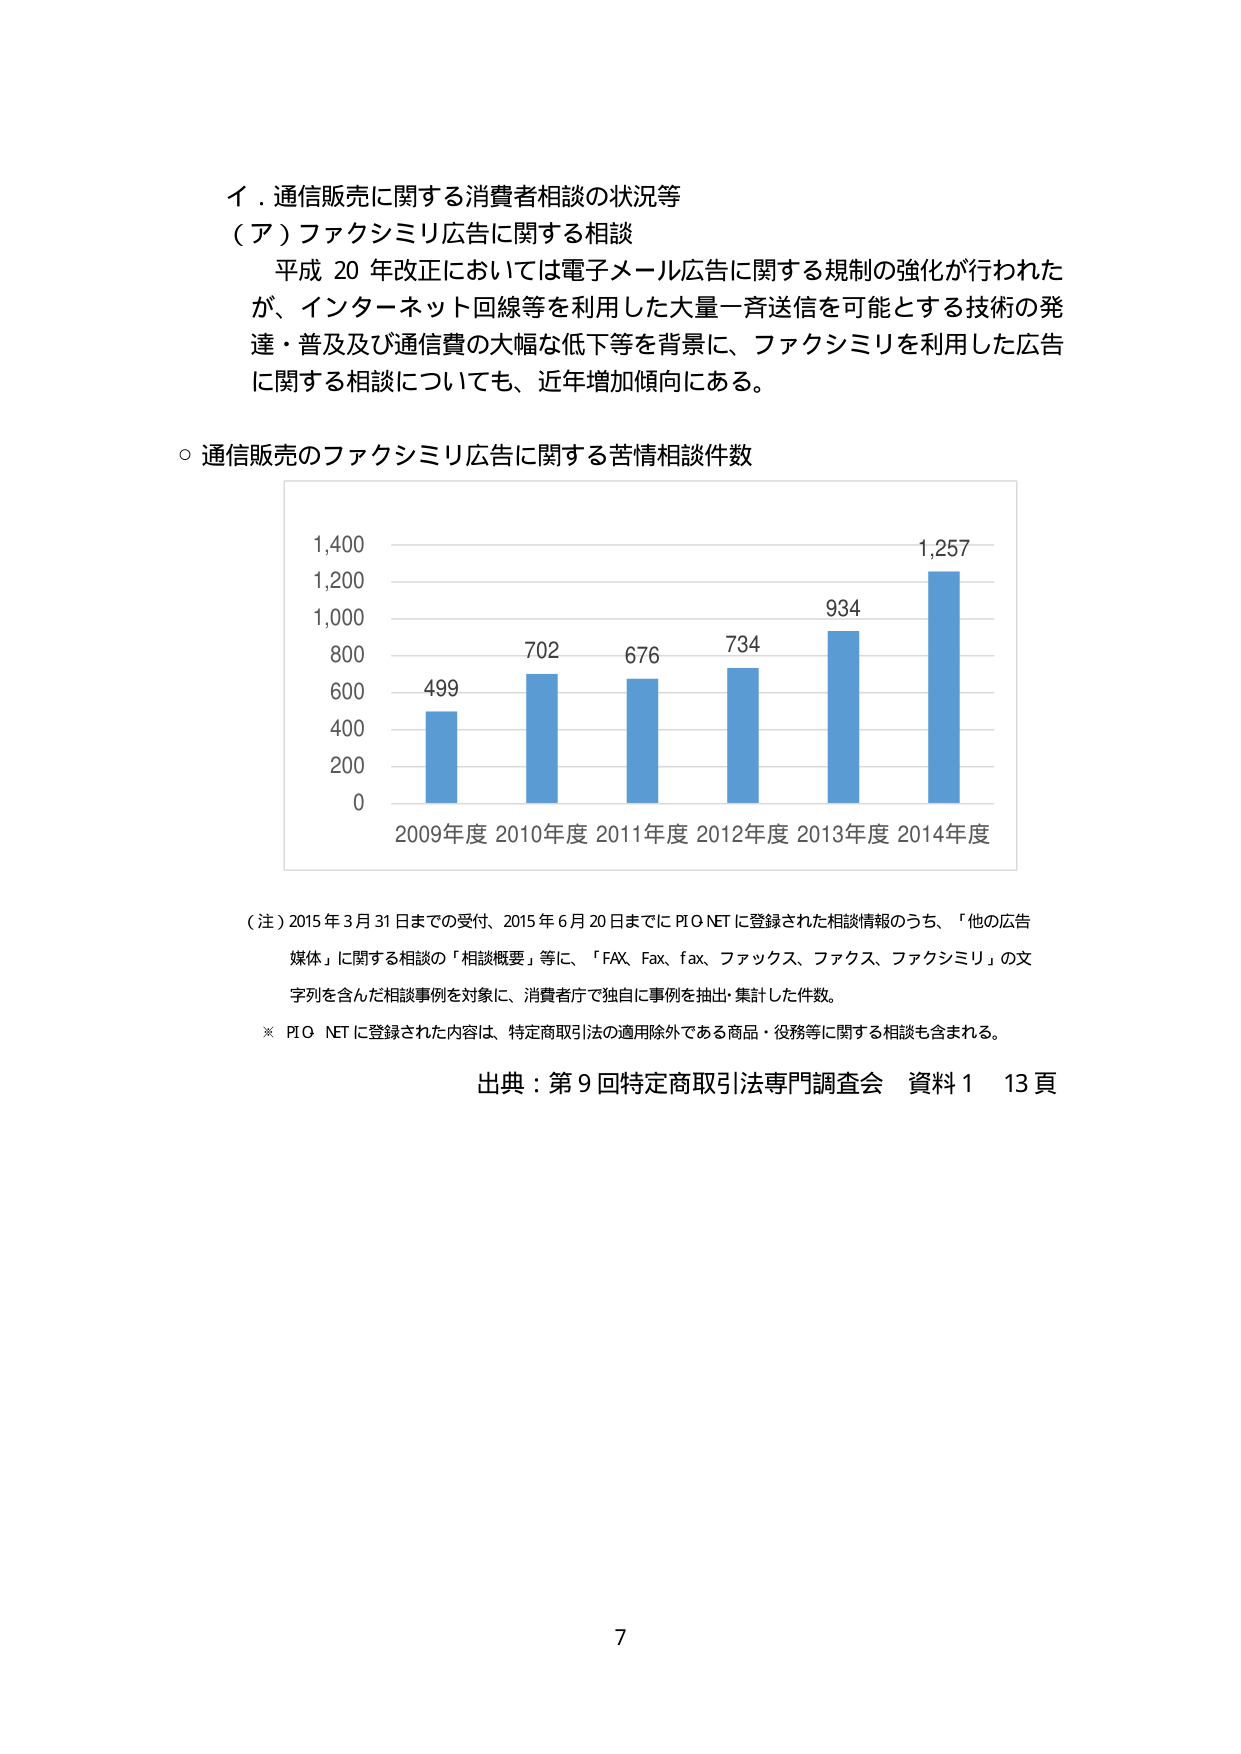
イ．通信販売に関する消費者相談の状況等
（ア）ファクシミリ広告に関する相談
平成20年改正においては電子メール広告に関する規制の強化が行われたが、インターネット回線等を利用した大量一斉送信を可能とする技術の発達・普及及び通信費の大幅な低下等を背景に、ファクシミリを利用した広告に関する相談についても、近年増加傾向にある。

○ 通信販売のファクシミリ広告に関する苦情相談件数

1,400
1,200
1,000
800
600
400
200
0

499
702
676
734
934
1,257

2009年度 2010年度 2011年度 2012年度 2013年度 2014年度

（注）2015年3月31日までの受付、2015年6月20日までにPIO NETに登録された相談情報のうち、「他の広告媒体」に関する相談の「相談概要」等に、「FAX、Fax、fax、ファックス、ファクス、ファクシミリ」の文字列を含んだ相談事例を対象に、消費者庁で独自に事例を抽出・集計した件数。
※ PIO NETに登録された内容は、特定商取引法の適用除外である商品・役務等に関する相談も含まれる。

出典：第9回特定商取引法専門調査会 資料1 13頁

7